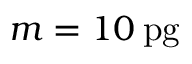
m = 1 0 \: \mathrm { p g }